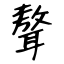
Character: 聱